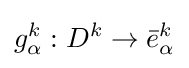
g_{\alpha }^{k}:D^{k}\to {\bar {e}}_{\alpha }^{k}